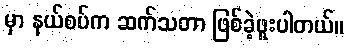
မှာ နယ်စပ်က ဆက်သတာ ဖြစ်ခဲ့ဖူးပါတယ်။